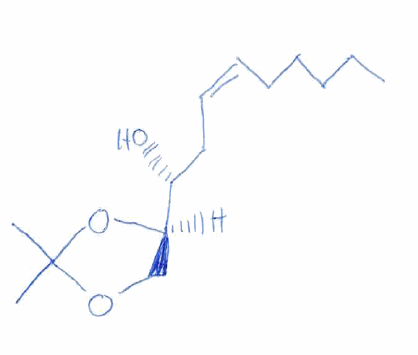
Simplified molecular-input line-entry system (SMILES) notation of the given molecule:
CCCCC/C=C\C[C@H]([C@H]1COC(O1)(C)C)O